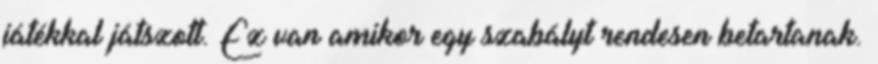
játékkal játszott. Ez van amikor egy szabályt rendesen betartanak.